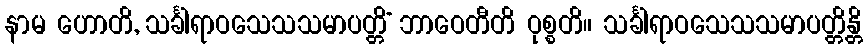
နာမ ဟောတိ, သင်္ခါရာဝသေသသမာပတ္တိံ ဘာဝေတီတိ ဝုစ္စတိ။ သင်္ခါရာဝသေသသမာပတ္တိန္တိ